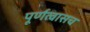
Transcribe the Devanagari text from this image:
पूर्णत्वासच